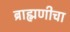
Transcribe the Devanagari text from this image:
ब्राह्मणीचा